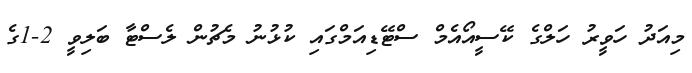
މިއަދު ހަވީރު ހަލްގެ ކޭސީއޯއެމް ސްޓޭޑިއަމްގައި ކުޅުނު މެޗުން ލެސްޓާ ބަލިވީ 2-1ގެ